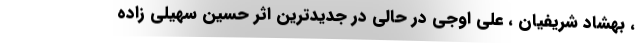
، بهشاد شریفیان ، علی اوجی در حالی در جدیدترین اثر حسین سهیلی زاده